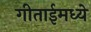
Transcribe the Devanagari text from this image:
गीताईमध्ये